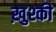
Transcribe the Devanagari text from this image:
ख़ुश्की